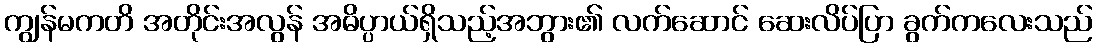
ကျွန်မကတိ အတိုင်းအလွန် အဓိပ္ပာယ်ရှိသည့်အဘွား၏ လက်ဆောင် ဆေးလိပ်ပြာ ခွက်ကလေးသည်